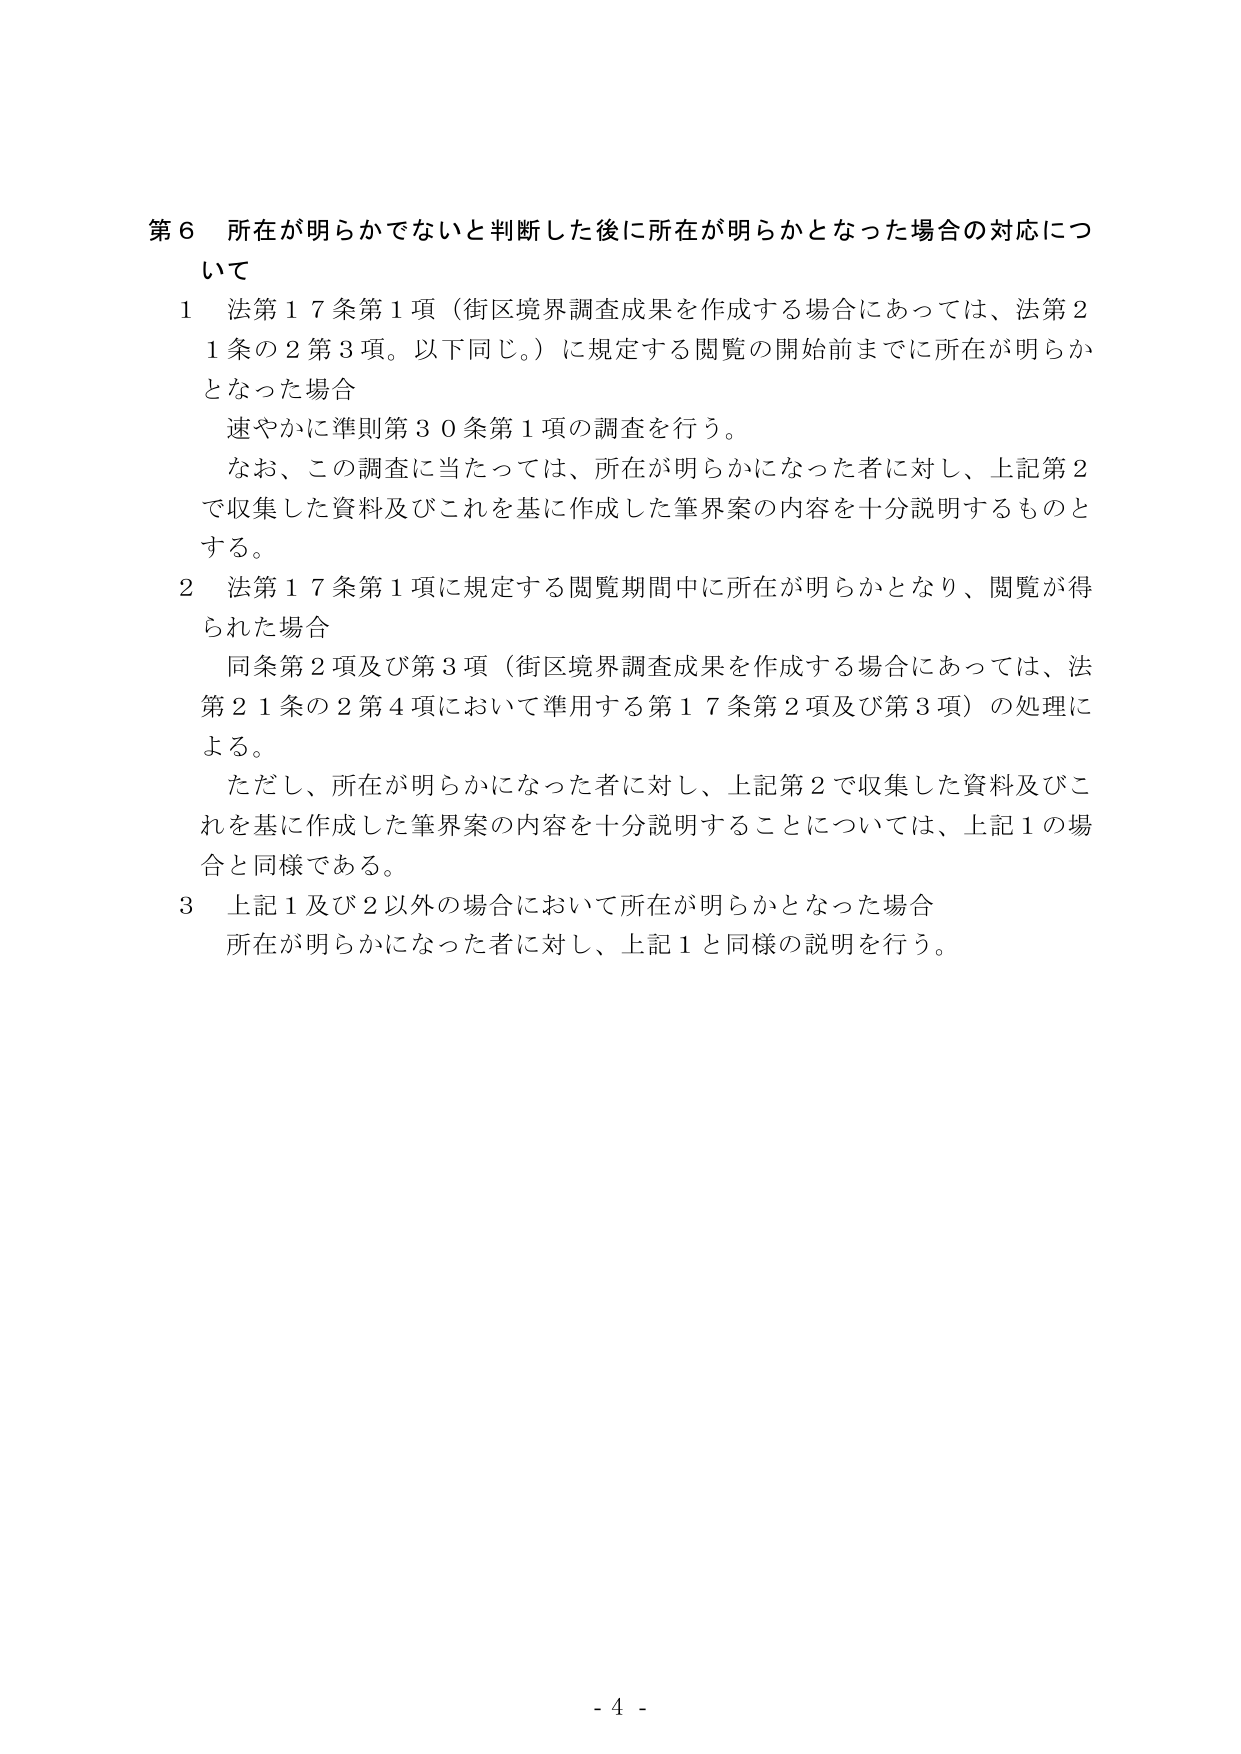
第６ 所在が明らかでないと判断した後に所在が明らかとなった場合の対応について

１ 法第１７条第１項（街区境界調査成果を作成する場合にあっては、法第２１条の２第３項。以下同じ。）に規定する閲覧の開始前までに所在が明らかとなった場合
　速やかに準則第３０条第１項の調査を行う。
　なお、この調査に当たっては、所在が明らかになった者に対し、上記第２で収集した資料及びこれを基に作成した筆界案の内容を十分説明するものとする。

２ 法第１７条第１項に規定する閲覧期間中に所在が明らかとなり、閲覧が得られた場合
　同条第２項及び第３項（街区境界調査成果を作成する場合にあっては、法第２１条の２第４項において準用する第１７条第２項及び第３項）の処理による。
　ただし、所在が明らかになった者に対し、上記第２で収集した資料及びこれを基に作成した筆界案の内容を十分説明することについては、上記１の場合と同様である。

３ 上記１及び２以外の場合において所在が明らかとなった場合
　所在が明らかになった者に対し、上記１と同様の説明を行う。

- 4 -